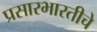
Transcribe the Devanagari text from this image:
प्रसारभारतीचे